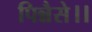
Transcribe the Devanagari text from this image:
पिन्नैसे।।